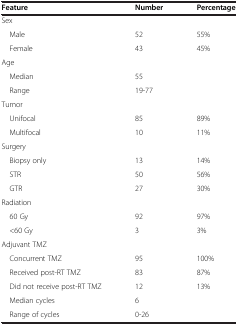
| Feature | Number | Percentage |
 | --- | --- | --- |
 | Sex |  |  |
 | Male | 52 | 55% |
 | Female | 43 | 45% |
 | Age |  |  |
 | Median | 55 |  |
 | Range | 19-77 |  |
 | Tumor |  |  |
 | Unifocal | 85 | 89% |
 | Multifocal | 10 | 11% |
 | Surgery |  |  |
 | Biopsy only | 13 | 14% |
 | STR | 50 | 56% |
 | GTR | 27 | 30% |
 | Radiation |  |  |
 | 60 Gy | 92 | 97% |
 | <60 Gy | 3 | 3% |
 | Adjuvant TMZ |  |  |
 | Concurrent TMZ | 95 | 100% |
 | Received post-RT TMZ | 83 | 87% |
 | Did not receive post-RT TMZ | 12 | 13% |
 | Median cycles | 6 |  |
 | Range of cycles | 0-26 |  |